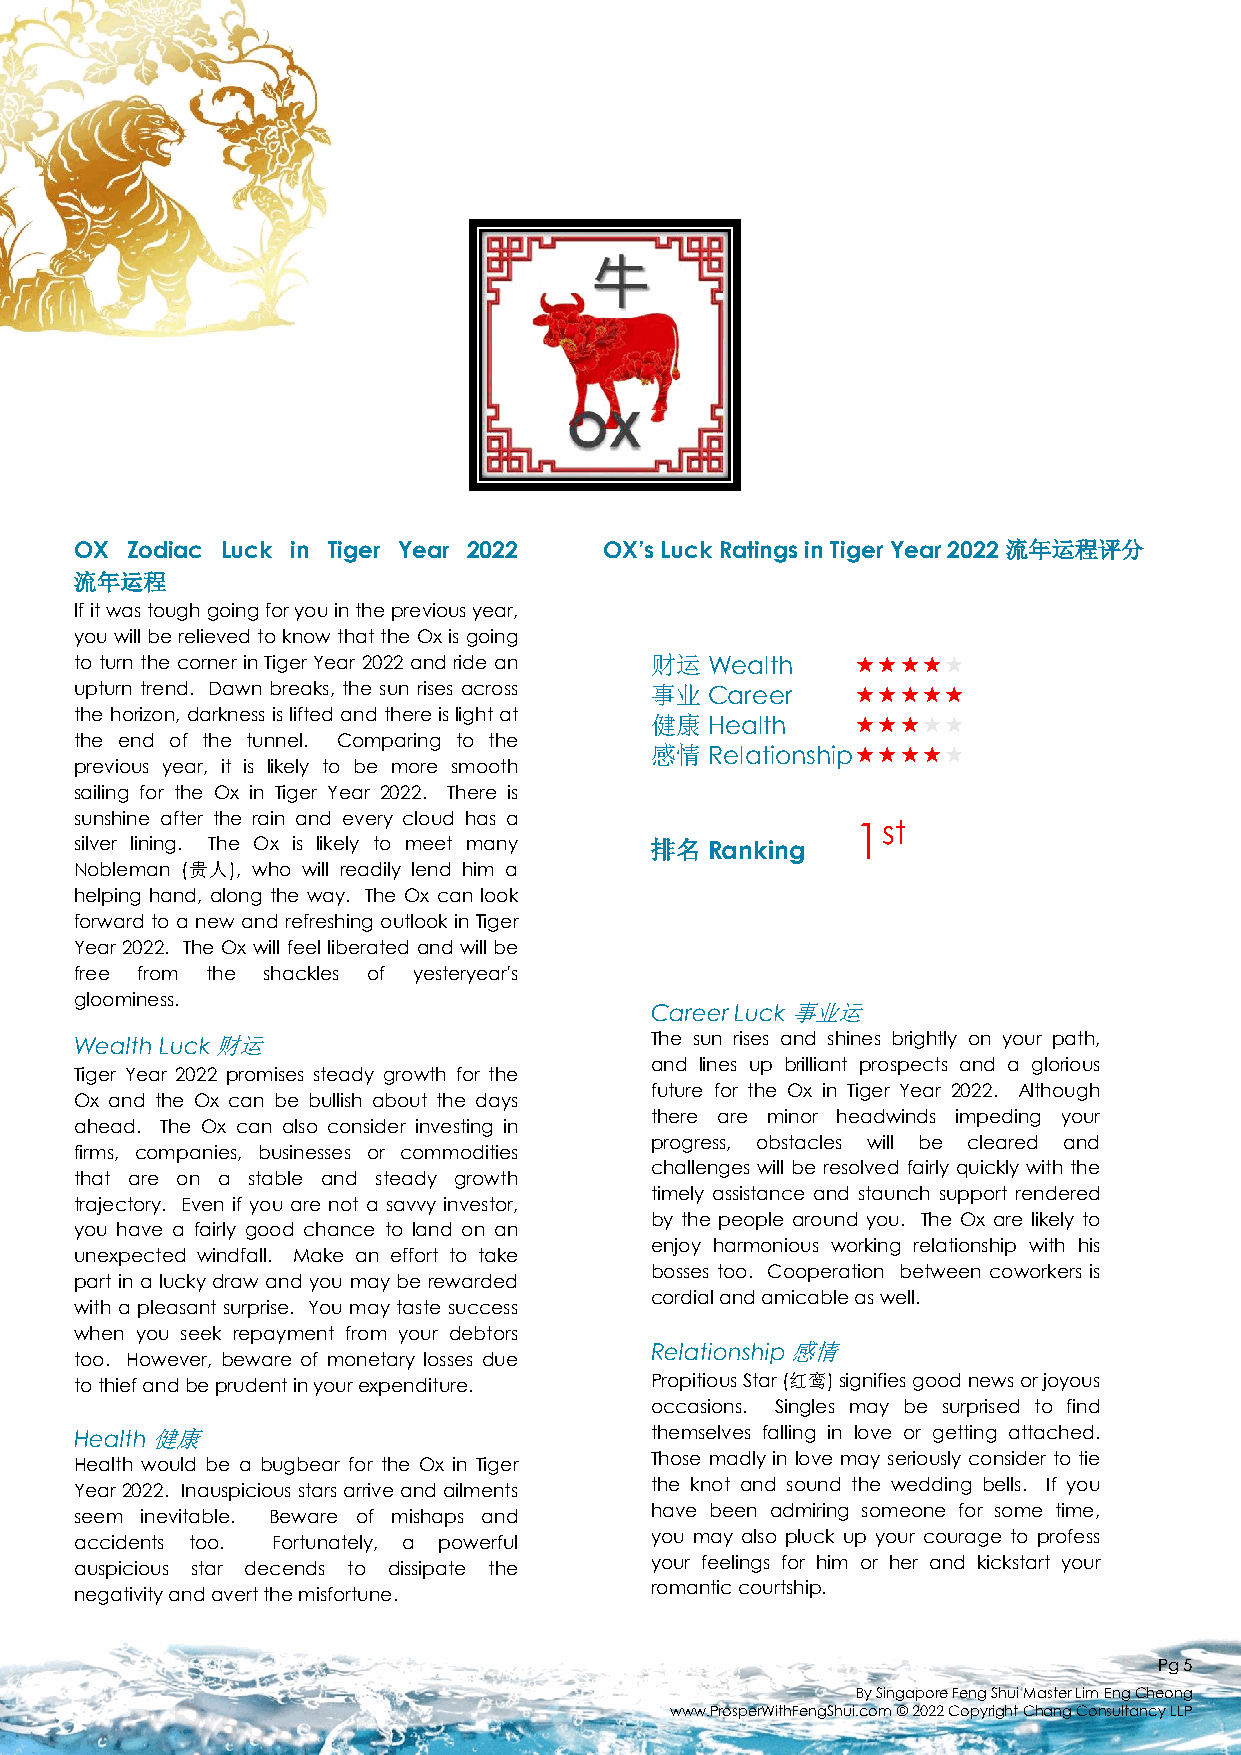
OX Zodiac Luck in Tiger Year 2022  OX’s Luck Ratings in Tiger Year 2022 流年运程评分
 流年运程
 Ifitwastoughgoingforyouinthepreviousyear,
 you will be relievedtoknowthatthe Oxisgoing
 to turn the corner in Tiger Year 2022 and ride an 财运 Wealth 
 upturn trend. Dawn breaks, the sun rises across 事业 Career 
 the horizon, darkness islifted and thereislight at 健康 Health 
 the end of the tunnel. Comparing to the
 感情  Relationship
 previous year, it is likely to be more smooth
 sailing for the Ox in Tiger Year 2022. There is
 sunshine after the rain and every cloud has a
 1st
 silver lining. The Ox is likely to meet many 排名 Ranking
 Nobleman (贵人), who will readily lend him a
 helping hand, along the way. The Ox can look
 forward to a new and refreshing outlook in Tiger
 Year 2022. The Ox will feel liberated and will be
 free from the shackles of yesteryear's
 gloominess.
 CareerLuck事业运
 WealthLuck财运                          The sun rises and shines brightly on your path,
 and lines up brilliant prospects and a glorious
 Tiger Year 2022 promises steady growth for the
 future for the Ox in Tiger Year 2022. Although
 Ox and the Ox can be bullish about the days
 there are minor headwinds impeding your
 ahead. The Ox can also consider investing in
 progress, obstacles will be cleared and
 firms, companies, businesses or commodities
 challenges will be resolved fairly quickly with the
 that are on a stable and steady growth
 timely assistance and staunch support rendered
 trajectory. Even if you are not a savvy investor,
 by the people around you. The Ox are likely to
 you have a fairly good chance to land on an
 enjoy harmonious working relationship with his
 unexpected windfall. Make an effort to take
 bosses too. Cooperation between coworkers is
 part in a lucky draw and you may be rewarded
 cordialandamicableaswell.
 with a pleasant surprise. You may taste success
 when you seek repayment from your debtors
 Relationship感情
 too. However, beware of monetary losses due
 tothiefandbeprudentinyourexpenditure. PropitiousStar(红鸾)signifiesgoodnewsorjoyous
 occasions. Singles may be surprised to find
 Health健康                              themselves falling in love or getting attached.
 Health would be a bugbear for the Ox in Tiger Those madly in love may seriously consider to tie
 the knot and sound the wedding bells. If you
 Year 2022. Inauspicious stars arrive andailments
 seem inevitable. Beware of mishaps and have been admiring someone for some time,
 you may also pluck up your courage to profess
 accidents too. Fortunately, a powerful
 auspicious star decends to dissipate the your feelings for him or her and kickstart your
 romanticcourtship.
 negativityandavertthemisfortune.
 Pg5
 By Singapore Feng Shui Master Lim EngCheong
 www.ProsperWithFengShui.com © 2022 Copyright Chang Consultancy LLP